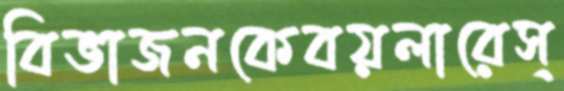
বিভাজনকেবয়লারেস্